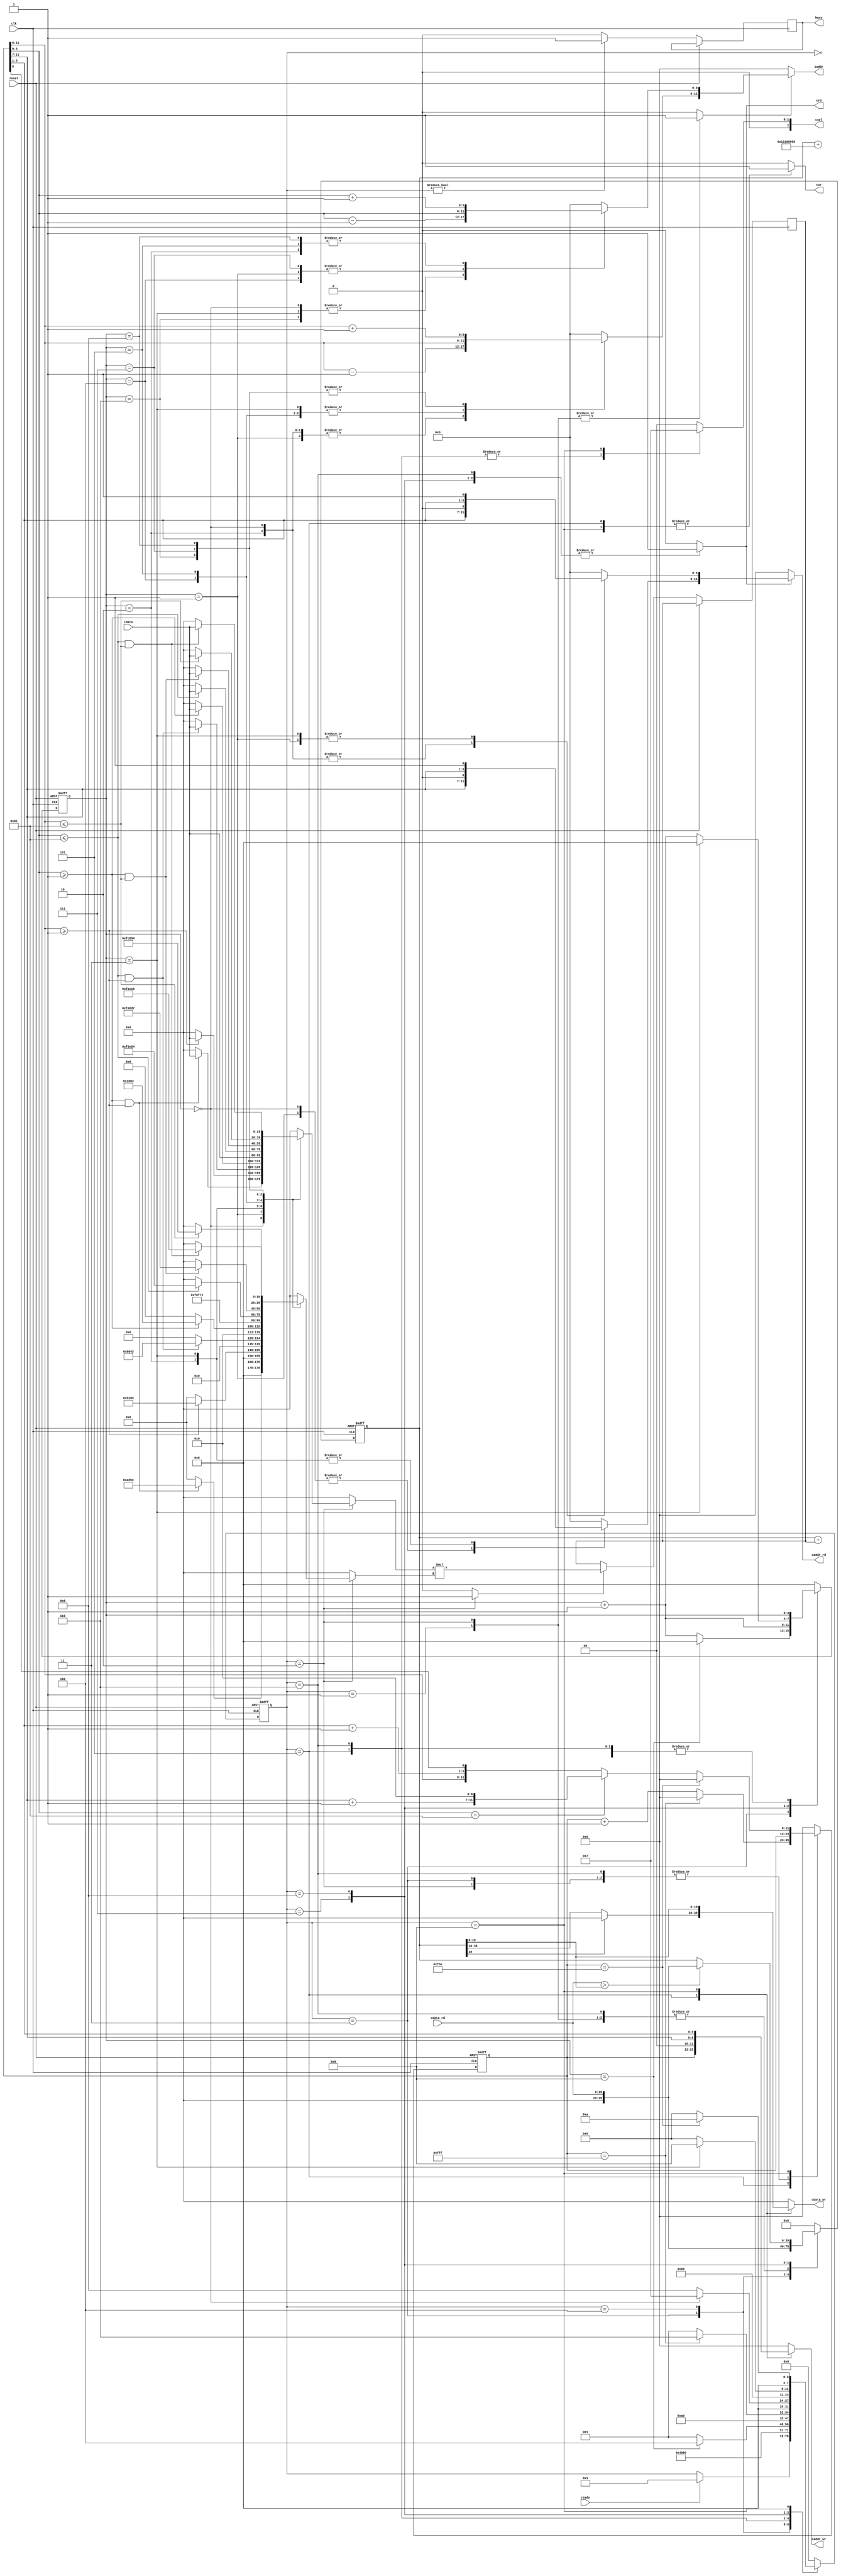
/******************************************************************/
//MODULE:		CONV
//VERSION:		1.0
//CODE TYPE:	RTL
//DESCRIPTION:	2019 IC Design Contest Preliminary
//
//MODIFICATION HISTORY:
// VERSION Date Description
// 1.0 03/17/2020 testpattern all pass
/******************************************************************/
module  CONV(
	input						clk,
	input						reset,
	output	reg			busy,	
	input						ready,	
			
	output			[11:0]iaddr,
	input				signed [19:0]idata,	
	
	output	reg			cwr,
	output	reg	[11:0]caddr_wr,
	output	reg	signed [19:0]cdata_wr,
	
	output	reg			crd,
	output			[11:0]caddr_rd,
	input	 			signed [19:0]cdata_rd,
	
	output	reg 	[2:0]csel
	);
	
//iadd x,y
reg [5:0]iadd_x,iadd_y;
reg [11:0]iadd_reg,iadd_reg_next;
reg [5:0]crd_x,crd_y;

//multiplication
reg signed[39:0]multiplication_reg;
wire signed [39:0]multiplication_out;
reg signed [39:0]add_reg,add_reg_next;
reg signed [19:0]multiplication_inA,multiplication_inB;
reg signed multiplication_reg_w;
	
assign multiplication_out = multiplication_inA * multiplication_inB; 

//fsm
reg [7:0]fsm,fsm_next;
reg [3:0]conter,conter_next;
reg iadd_read;

//
assign iaddr = (iadd_read)? {iadd_y,iadd_x} : 12'd0;
assign caddr_rd = (crd)? {crd_y,crd_x} : 12'd0;

always@(*)
begin
	case(conter)
		4'd0:
		begin
			iadd_y = iadd_reg[11:6] - 6'd1;
			iadd_x = iadd_reg[5:0] - 6'd1;
		end
		4'd1:
		begin
			iadd_y = iadd_reg[11:6] - 6'd1;
			iadd_x = iadd_reg[5:0];
		end
		4'd2:
		begin
			iadd_y = iadd_reg[11:6] - 6'd1;
			iadd_x = iadd_reg[5:0] + 6'd1;
		end
		4'd3:
		begin
			iadd_y = iadd_reg[11:6];
			iadd_x = iadd_reg[5:0] - 6'd1;
		end
		4'd4:
		begin
			iadd_y = iadd_reg[11:6];
			iadd_x = iadd_reg[5:0];
		end
		4'd5:
		begin
			iadd_y = iadd_reg[11:6];
			iadd_x = iadd_reg[5:0] + 6'd1;
		end
		4'd6:
		begin
			iadd_y = iadd_reg[11:6] + 6'd1;
			iadd_x = iadd_reg[5:0] - 6'd1;
		end
		4'd7:
		begin
			iadd_y = iadd_reg[11:6] + 6'd1;
			iadd_x = iadd_reg[5:0];
		end
		4'd8:
		begin
			iadd_y = iadd_reg[11:6] + 6'd1;
			iadd_x = iadd_reg[5:0] + 6'd1;
		end
		default:
		begin
			iadd_y = 6'd0;
			iadd_x = 6'd0;
		end
	endcase
end

always@(*)
begin
	case(conter)
		4'd0:
		begin
			crd_y = {iadd_reg[11:7],1'b0};
			crd_x = {iadd_reg[5:1],1'b0};
		end
		4'd1:
		begin
			crd_y = {iadd_reg[11:7],1'b0};
			crd_x = {iadd_reg[5:1],1'b1};
		end
		4'd2:
		begin
			crd_y = {iadd_reg[11:7],1'b1};
			crd_x = {iadd_reg[5:1],1'b0};
		end
		4'd3:
		begin
			crd_y = {iadd_reg[11:7],1'b1};
			crd_x = {iadd_reg[5:1],1'b1};
		end
		default:
		begin
			crd_y = 6'd0;
			crd_x = 6'd0;
		end
	endcase
end


always@(posedge clk,posedge reset)
begin
	if(reset)
	begin
		fsm <= 8'd0;
		conter <= 4'd0;
		iadd_reg <= 12'd0;
		add_reg <= 40'd0;
	end
	else
	begin
		fsm <= fsm_next;
		conter <= conter_next;
		iadd_reg <= iadd_reg_next;
		add_reg <= add_reg_next;
		if(multiplication_reg_w == 1'b1)
		begin
			multiplication_reg <= multiplication_out;
		end
		if(fsm != 8'd0)
		begin
			busy = 1'b1;
		end
		else
		begin
			busy = 1'b0;
		end
	end
end

always@(*)
begin
	case(fsm)
		8'd0: //reset
		begin
			fsm_next = fsm;
			iadd_read = 1'b0;
			iadd_reg_next = 12'd0;
			//busy = 1'b0;
			conter_next = 4'd0;
			multiplication_reg_w = 1'b0;
			multiplication_inA = 20'd0;
			multiplication_inB = 20'd0;
			add_reg_next = 40'd0;
			cwr = 1'b0;
			crd = 1'b0;
			caddr_wr = 12'd0;
			cdata_wr = 20'd0;
			csel = 3'b000;
			if(ready == 1'b1)
				fsm_next = 8'b1;
			
		end
		8'd1: //read rom
		begin
			fsm_next = fsm;
			iadd_read = 1'b1;
			iadd_reg_next = iadd_reg;
			//busy = 1'b1;
			conter_next = conter;
			multiplication_reg_w = 1'b0;
			multiplication_inA = 20'd0;
			multiplication_inB = 20'd0;
			add_reg_next = add_reg;
			cwr = 1'b0;
			crd = 1'b0;
			caddr_wr = 12'd0;
			cdata_wr = 20'd0;
			csel = 3'b000;
			fsm_next = 8'd2;
		end
		8'd2: //multiplication 20bit * 20bit
		begin
			fsm_next = fsm;
			iadd_read = 1'b1;
			iadd_reg_next = iadd_reg;
			//busy = 1'b1;
			conter_next = conter;
			multiplication_reg_w = 1'b1;
			multiplication_inA = 20'd0;
			multiplication_inB = 20'd0;
			add_reg_next = add_reg;
			cwr = 1'b0;
			crd = 1'b0;
			caddr_wr = 12'd0;
			cdata_wr = 20'd0;
			csel = 3'b000;
			fsm_next = 8'd3;
			case(conter)
				4'd0:
				begin
					if(iadd_reg[5:0] >= 6'd1 && iadd_reg[11:6] >= 6'd1)
					begin
						multiplication_inA = idata;
						multiplication_inB = 20'h0a89e;
					end
				end
				4'd1:
				begin
					if(iadd_reg[11:6] >= 6'd1)
					begin
						multiplication_inA = idata;
						multiplication_inB = 20'h092d5;
					end
				end
				4'd2:
				begin
					if(iadd_reg[5:0] <= 6'd62 && iadd_reg[11:6] >= 6'd1)
					begin
						multiplication_inA = idata;
						multiplication_inB = 20'h06d43;
					end
				end
				4'd3:
				begin
					if(iadd_reg[5:0] >= 6'd1)
					begin
						multiplication_inA = idata;
						multiplication_inB = 20'h01004;
					end
				end
				4'd4:
				begin
					multiplication_inA = idata;
					multiplication_inB = 20'hf8f71;
				end
				4'd5:
				begin
					if(iadd_reg[5:0] <= 6'd62)
					begin
						multiplication_inA = idata;
						multiplication_inB = 20'hf6e54;
					end
				end
				4'd6:
				begin
					if(iadd_reg[5:0] >= 6'd1 && iadd_reg[11:6] <= 6'd62)
					begin
						multiplication_inA = idata;
						multiplication_inB = 20'hfa6d7;
					end
				end
				4'd7:
				begin
					if(iadd_reg[11:6] <= 6'd62)
					begin
						multiplication_inA = idata;
						multiplication_inB = 20'hfc834;
					end
				end
				4'd8:
				begin
					if(iadd_reg[5:0] <= 6'd62 && iadd_reg[11:6] <= 6'd62)
					begin
						multiplication_inA = idata;
						multiplication_inB = 20'hfac19;
					end
				end
			endcase
		end
		8'd3:	//reg add
		begin
			fsm_next = fsm;
			iadd_read = 1'b0;
			iadd_reg_next = iadd_reg;
			//busy = 1'b1;
			conter_next = conter;
			multiplication_reg_w = 1'b0;
			multiplication_inA = 20'd0;
			multiplication_inB = 20'd0;
			add_reg_next = add_reg;
			cwr = 1'b0;
			crd = 1'b0;
			caddr_wr = 12'd0;
			cdata_wr = 20'd0;
			csel = 3'b000;
			add_reg_next = add_reg + multiplication_reg;
			if(conter == 4'd9)
			begin
				conter_next = 4'd0;
				fsm_next = 8'd4;
			end
			else
			begin
				fsm_next = 8'd1;
				conter_next = conter + 4'd1;
			end
		end
		8'd4: //add bias
		begin
			fsm_next = fsm;
			iadd_read = 1'b0;
			iadd_reg_next = iadd_reg;
			//busy = 1'b1;
			conter_next = conter;
			multiplication_reg_w = 1'b0;
			multiplication_inA = 20'd0;
			multiplication_inB = 20'd0;
			add_reg_next = add_reg + 40'h00_1310_8000;
			cwr = 1'b0;
			crd = 1'b0;
			caddr_wr = 12'd0;
			cdata_wr = 20'd0;
			csel = 3'b000;
			fsm_next = 8'd5;
		end
		8'd5: // write L0
		begin
			fsm_next = fsm;
			iadd_read = 1'b0;
			iadd_reg_next = iadd_reg;
			//busy = 1'b1;
			conter_next = conter;
			multiplication_reg_w = 1'b0;
			multiplication_inA = 20'd0;
			multiplication_inB = 20'd0;
			add_reg_next = 40'd0;
			cwr = 1'b1;
			crd = 1'b0;
			caddr_wr = 12'd0;
			cdata_wr = 20'd0;
			csel = 3'b001;
			
			caddr_wr = iadd_reg;
			if(add_reg[39] == 1'b1)
			begin
				cdata_wr = 20'd0;
			end
			else
			begin
				cdata_wr = add_reg[35:16];
			end
			
			if(iadd_reg == 12'hfff)
			begin
				fsm_next = 8'd6;
				iadd_reg_next = 12'd0;
			end
			else
			begin
				iadd_reg_next = iadd_reg + 12'd1;
				fsm_next = 8'd1;
			end
		end
		8'd6: // read L0
		begin
			fsm_next = fsm;
			iadd_read = 1'b0;
			iadd_reg_next = iadd_reg;
			//busy = 1'b1;
			conter_next = conter;
			multiplication_reg_w = 1'b0;
			multiplication_inA = 20'd0;
			multiplication_inB = 20'd0;
			add_reg_next = add_reg;
			cwr = 1'b0;
			crd = 1'b1;
			caddr_wr = 12'd0;
			cdata_wr = 20'd0;
			csel = 3'b001;
			if(conter == 4'd0)
			begin
				fsm_next = 8'd7;
			end
			else
			begin
				fsm_next = 8'd8;
			end
		end
		8'd7: // L0 => add_reg
		begin
			fsm_next = fsm;
			iadd_read = 1'b0;
			iadd_reg_next = iadd_reg;
			//busy = 1'b1;
			conter_next = conter + 4'd1;
			multiplication_reg_w = 1'b0;
			multiplication_inA = 20'd0;
			multiplication_inB = 20'd0;
			add_reg_next = {20'd0,cdata_rd};
			cwr = 1'b0;
			crd = 1'b1;
			caddr_wr = 12'd0;
			cdata_wr = 20'd0;
			csel = 3'b000;
			fsm_next = 8'd6;
		end
		8'd8: //	L0 compare add_reg & write add_reg
		begin
			fsm_next = fsm;
			iadd_read = 1'b0;
			iadd_reg_next = iadd_reg;
			//busy = 1'b1;
			conter_next = conter;
			multiplication_reg_w = 1'b0;
			multiplication_inA = 20'd0;
			multiplication_inB = 20'd0;
			add_reg_next = add_reg;
			cwr = 1'b0;
			crd = 1'b1;
			caddr_wr = 12'd0;
			cdata_wr = 20'd0;
			csel = 3'b000;
			if(cdata_rd > add_reg[19:0])
			begin
				add_reg_next = {20'd0,cdata_rd};
			end
			if(conter == 4'd3)
			begin
				fsm_next = 8'd9;
				conter_next = 4'd0;
			end
			else
			begin
				fsm_next = 8'd6;
				conter_next = conter + 4'd1;
			end
		end
		8'd9: // write L1
		begin
			fsm_next = fsm;
			iadd_read = 1'b0;
			iadd_reg_next = iadd_reg;
			//busy = 1'b1;
			conter_next = conter;
			multiplication_reg_w = 1'b0;
			multiplication_inA = 20'd0;
			multiplication_inB = 20'd0;
			add_reg_next = 40'd0;
			cwr = 1'b1;
			crd = 1'b0;
			caddr_wr = 12'd0;
			cdata_wr = add_reg[19:0];
			csel = 3'b011;
			
			caddr_wr = {iadd_reg[11:7],iadd_reg[5:1]};
			if(iadd_reg == 12'hfbe)
			begin
				fsm_next = 8'd10;
				iadd_reg_next = 12'd0;
			end
			else
			begin
				fsm_next = 8'd6;
				if(iadd_reg[5:0] == 6'd62)
				begin
					iadd_reg_next = {iadd_reg[11:7] + 5'd1,7'd0};
				end
				else
				begin
					iadd_reg_next = {iadd_reg[11:6],iadd_reg[5:1] + 5'd1,iadd_reg[0]};
				end
			end
		end
		default:
		begin
			fsm_next = 8'd0;
			iadd_read = 1'b0;
			iadd_reg_next = 12'd0;
			//busy = 1'b0;
			conter_next = 4'd0;
			multiplication_reg_w = 1'b0;
			multiplication_inA = 20'd0;
			multiplication_inB = 20'd0;
			add_reg_next = 40'd0;
			cwr = 1'b0;
			crd = 1'b0;
			caddr_wr = 12'd0;
			cdata_wr = 20'd0;
			csel = 3'b000;
		end
	endcase
end


endmodule